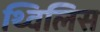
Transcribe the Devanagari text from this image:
थ्‍विलिस